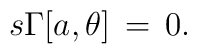
s\Gamma[a,\theta]\,=\,0.